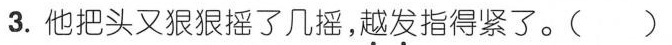
3.他把头又狠狠摇了几摇，越发指得紧了。( )